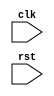
module synchronous_design (
    input wire clk,
    input wire rst,
    // other input/output declarations here
);

always @(posedge clk or negedge rst) begin
    if (rst == 0) begin
        // reset condition
        // reset logic here
    end else begin
        // clocked condition
        // your logic here
    end
end

// other module code here

endmodule